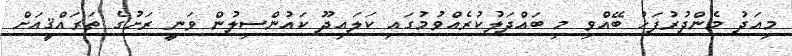
މިއަދު މެންދުރުފަހު ބޭއްވި މި ބައްދަލުކުރެއްވުމުގައި ކަލައިދޫ ކައުންސިލުން ވަނީ ރަށުގެ ތަރައްޤީއަށް